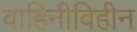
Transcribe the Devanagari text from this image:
वाहिनीविहीन